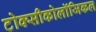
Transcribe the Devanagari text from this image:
टोक्सीकोलॉजिकल